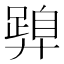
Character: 𭚝